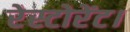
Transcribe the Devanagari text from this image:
रेस्टोरेंट।